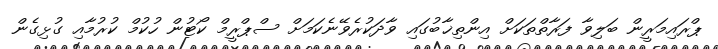
ޕްރައިމަރީން ބަލިވާ ފަރާތްތަކަށް އިންތިޚާބުގައި ވާދަކުރެވޭނެކަމަށް ސްޕްރީމް ކޯޓުން ހުކުމް ކުރުމާއި ގުޅިގެން